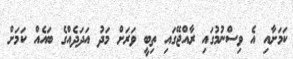
ކަމަށާއި އެ ވިސްނުމުގައި ރާއްޖޭގައި ތިބީ ވަރަށް މަދު އަދަދެއްގެ ބައެއް ކަމަށް